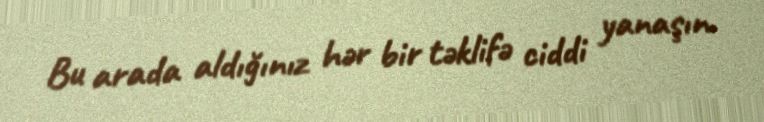
Bu arada aldığınız hər bir təklifə ciddi yanaşın.